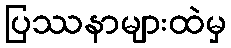
ပြဿနာများထဲမှ